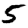
Digit: 5